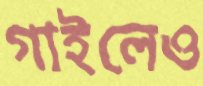
গাইলেও